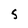
Character: 5